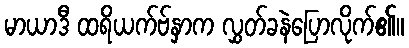
မာယာဒီ ထရိယက်ဗ်နှာက လွှတ်ခနဲပြောလိုက်၏။